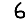
Digit: 6